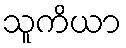
သူကိယာ